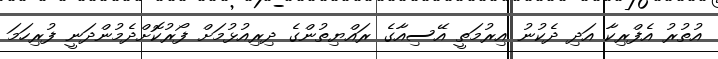
އުތުރު އެފްރިކާ އަދި ދެކުނު އިރުމަތީ އޭސިއާގެ ރައްޔިތުންގެ ދިރިއުޅުމަށް ފޯރުކޮށްދެމުންދަނީ ފުރިހަމަ